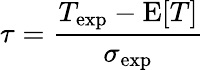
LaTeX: \tau=\frac{T_{\mathrm{exp}}-\mathrm{E}[T]}{\sigma_{\mathrm{exp}}}